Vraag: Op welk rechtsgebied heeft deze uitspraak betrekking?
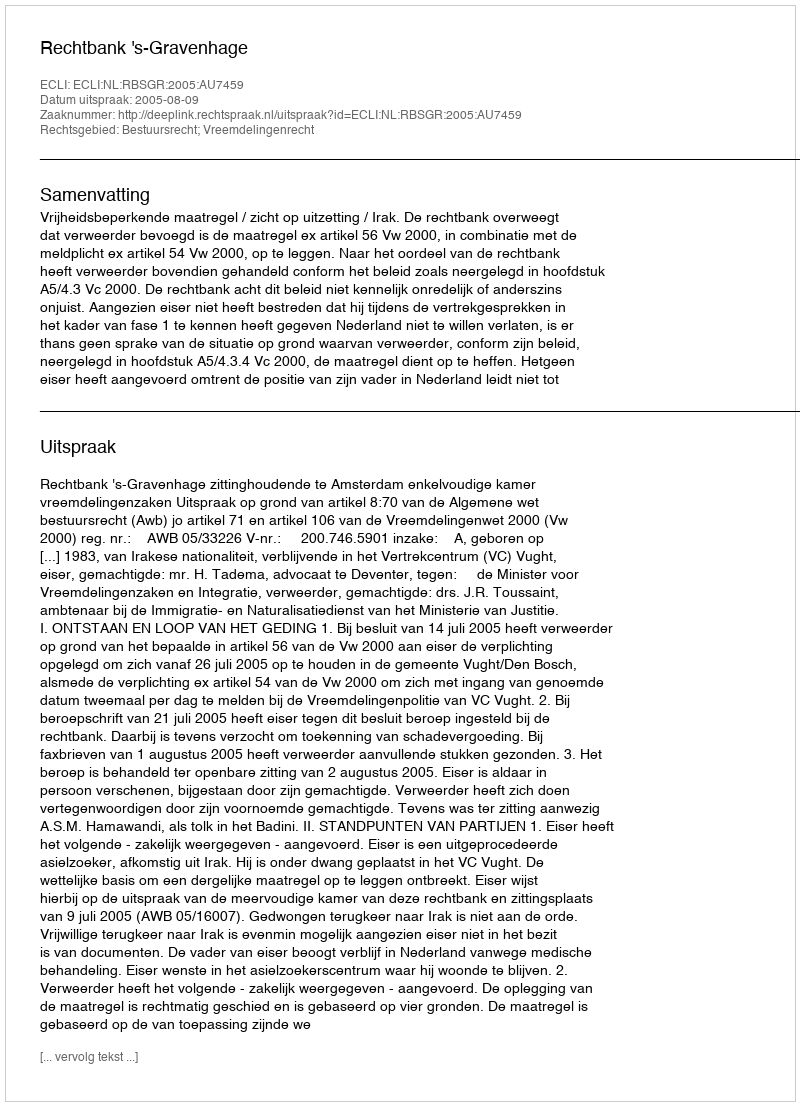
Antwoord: Bestuursrecht; Vreemdelingenrecht